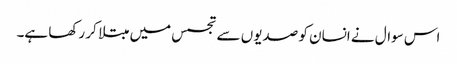
اس سوال نے انسان کو صدیوں سے تجسس میں مبتلا کر رکھا ہے۔